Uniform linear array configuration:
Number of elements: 32
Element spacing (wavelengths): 0.5
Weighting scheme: uniform
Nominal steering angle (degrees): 30
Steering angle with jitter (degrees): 30.206
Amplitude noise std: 0.05
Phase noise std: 0.05

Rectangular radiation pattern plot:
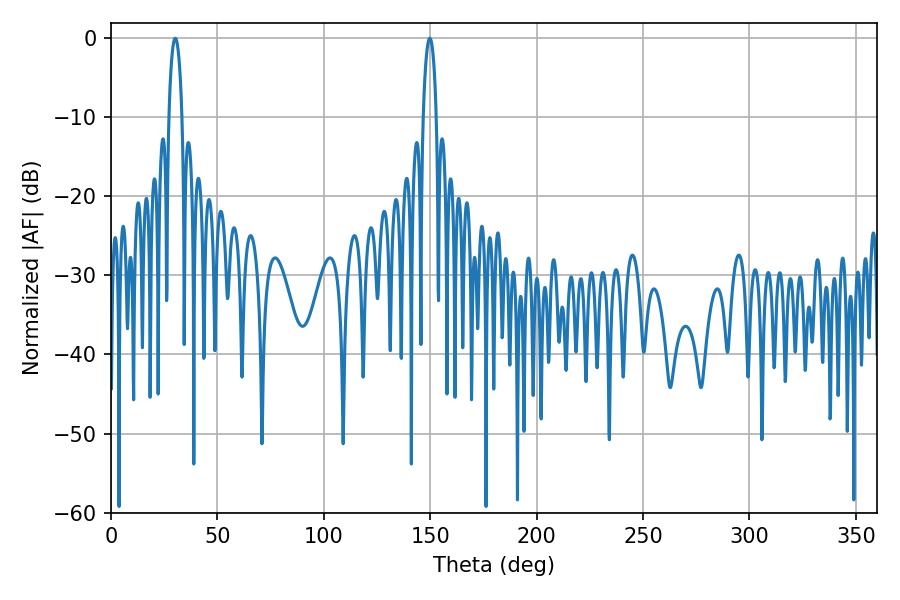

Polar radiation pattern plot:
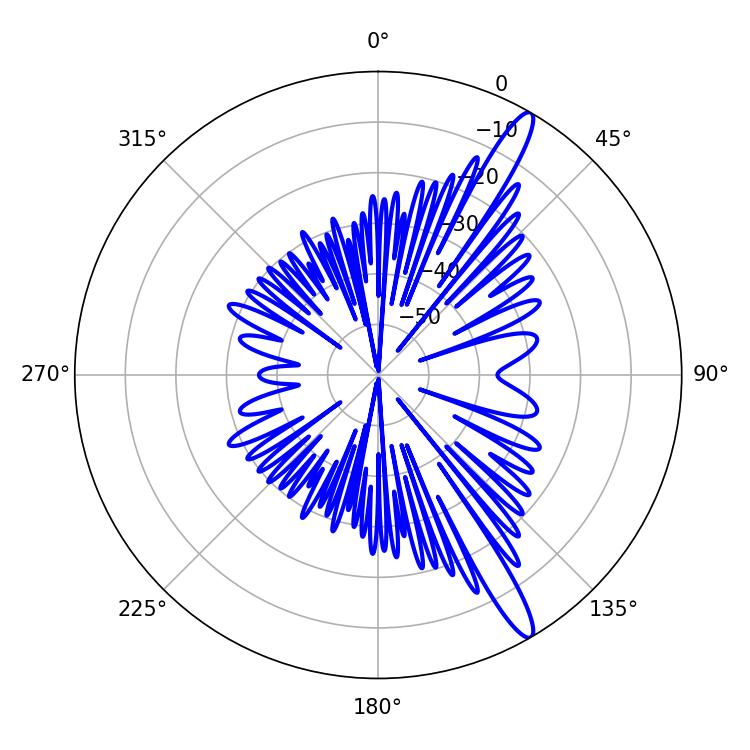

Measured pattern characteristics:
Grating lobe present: FALSE
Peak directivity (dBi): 14.408
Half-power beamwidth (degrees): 3.6
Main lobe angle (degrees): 30.24